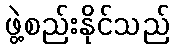
ဖွဲ့စည်းနိုင်သည်